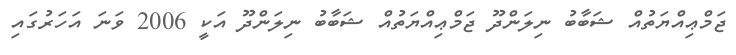
ޖަމްޢިއްޔަތުއް ޝަބާބު ނިލަންދޫ ޖަމްޢިއްޔަތުއް ޝަބާބު ނިލަންދޫ އަކީ 2006 ވަނަ އަހަރުގައި